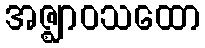
အဇ္ဈာဝသထော